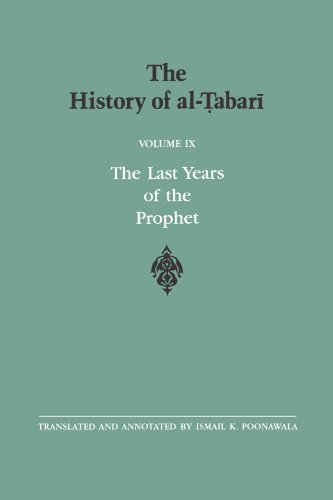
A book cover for The History of al-Tabari Vol. 9: The Last Years of the Prophet: The Formation of the State A.D. 630-632/A.H. 8-11 (SUNY series in Near Eastern Studies); History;